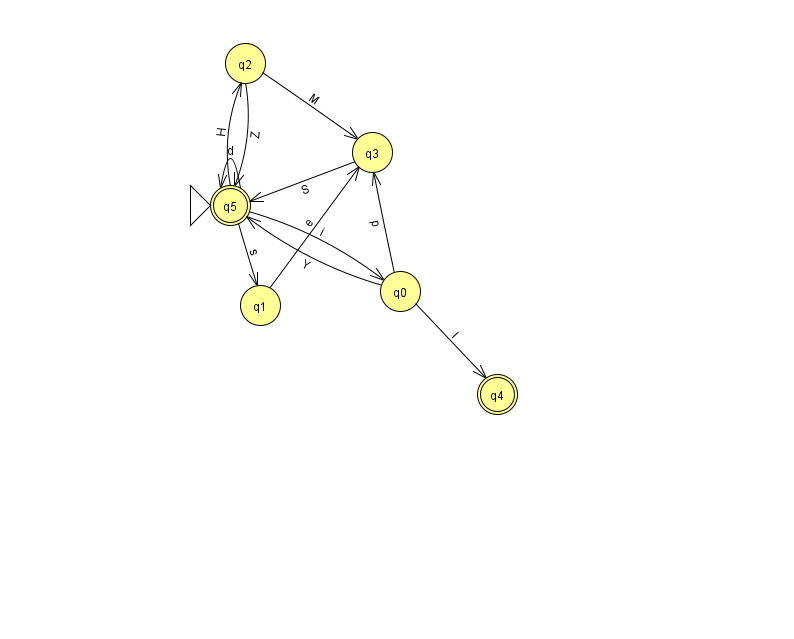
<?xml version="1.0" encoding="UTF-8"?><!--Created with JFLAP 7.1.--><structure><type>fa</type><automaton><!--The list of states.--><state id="0" name="q0"><x>400.0</x><y>278.0</y></state><state id="1" name="q1"><x>260.0</x><y>292.0</y></state><state id="2" name="q2"><x>245.0</x><y>50.0</y></state><state id="3" name="q3"><x>372.0</x><y>139.0</y></state><state id="4" name="q4"><x>497.0</x><y>381.0</y><final/></state><state id="5" name="q5"><x>230.0</x><y>192.0</y><initial/><final/></state><!--The list of transitions.--><transition><from>5</from><to>1</to><read>s</read></transition><transition><from>5</from><to>2</to><read>H</read></transition><transition><from>5</from><to>5</to><read>d</read></transition><transition><from>0</from><to>4</to><read>l</read></transition><transition><from>2</from><to>5</to><read>Z</read></transition><transition><from>0</from><to>3</to><read>p</read></transition><transition><from>1</from><to>3</to><read>e</read></transition><transition><from>0</from><to>5</to><read>Y</read></transition><transition><from>5</from><to>0</to><read>i</read></transition><transition><from>2</from><to>3</to><read>M</read></transition><transition><from>3</from><to>5</to><read>S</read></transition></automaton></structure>